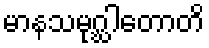
မာနသမုဂ္ဃါတောတိ